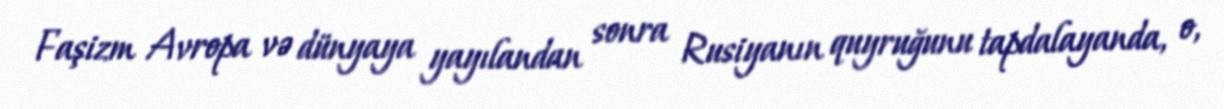
Faşizm Avropa və dünyaya yayılandan sonra Rusiyanın quyruğunu tapdalayanda, o,